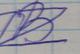
Signature authenticity: forged